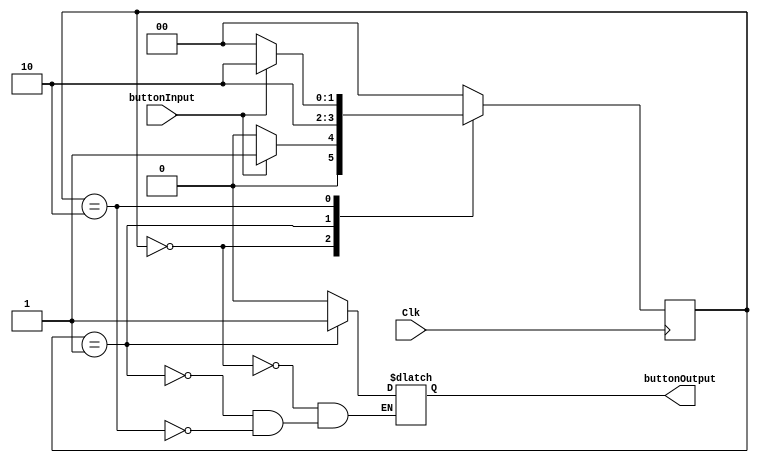
/*
Name: The Magnesium Team (Olanrewaju Ibironke, Su Hui Tan, Anitha Ramesh Puranik, Meghna Chittajallu)
Date: May 4, 2016
Project: ButtonShaper
*/

module ButtonShaper(buttonInput, buttonOutput, Clk);
input buttonInput, Clk;
output buttonOutput;
reg buttonOutput;

parameter sOff = 0, sOn = 1, sWait = 2;

reg [1:0] State = sOff, StateNext;

// Combinational Logic
always @(State, buttonInput) 
begin
	case(State)
	sOff:begin
		buttonOutput = 0;
		if(buttonInput == 1)
		begin
			StateNext = sOn;
		end
		else
		begin
			StateNext = sOff;
		end
	end
	sOn:begin
		buttonOutput = 1;
		StateNext = sWait;
	end
	sWait:begin
		buttonOutput = 0;
		if(buttonInput == 1)
		begin
			StateNext = sWait;
		end
		else
		begin
			StateNext = sOff;
		end
	end
	default: begin
		StateNext = sOff;
	end
	endcase
end

// State Register
always @(posedge Clk)
begin
	State <= StateNext;
end
endmodule